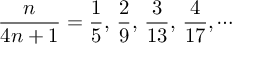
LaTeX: { \frac { n } { 4 n + 1 } } = { \frac { 1 } { 5 } } , \, { \frac { 2 } { 9 } } , \, { \frac { 3 } { 1 3 } } , \, { \frac { 4 } { 1 7 } } , \cdots